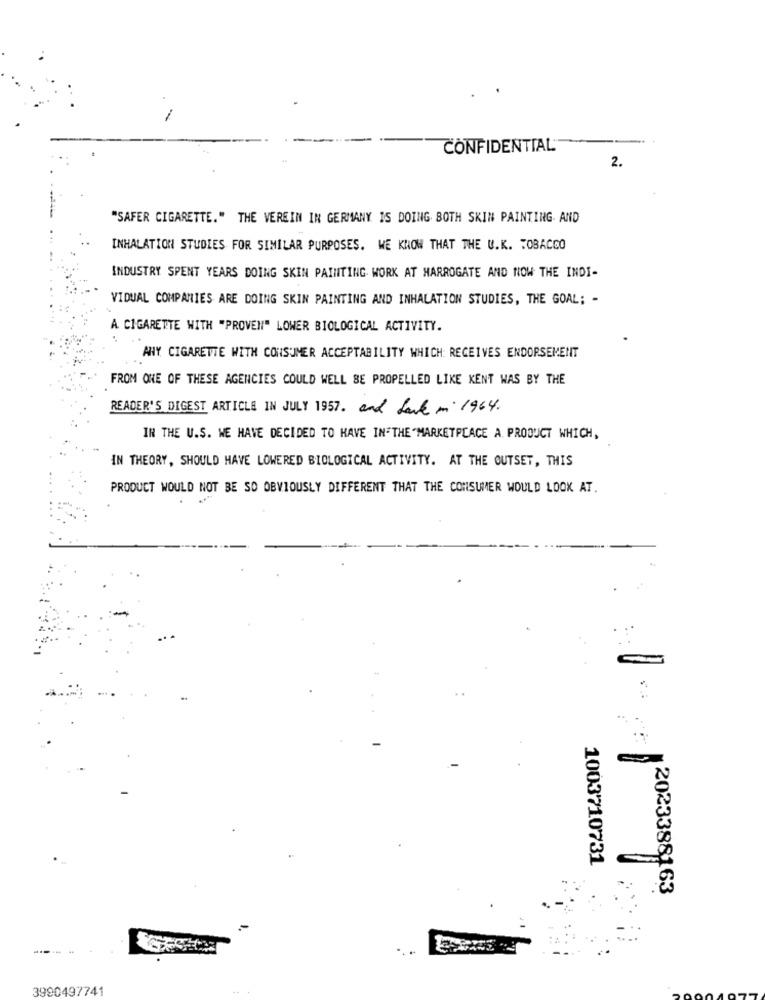
CONFIDENTIAL
2.
"SAFER CIGARETTE." THE VEREIN IN GERMANY IS DOING BOTH SKIN PAINTING AND
INHALATION STUDIES FOR SIMILAR PURPOSES. WE KNOW THAT THE U.K. TOBACCO
INDUSTRY SPENT YEARS DOING SKIN PAINTING WORK AT HARROGATE AND NOW THE INDI-
VIDUAL COMPANIES ARE DOING SKIN PAINTING AND INHALATION STUDIES, THE GOAL; -
A. CIGARETTE WITH "PROVEN" LOWER BIOLOGICAL ACTIVITY.
ANY CIGARETTE WITH CONSUMER ACCEPTABILITY WHICH: RECEIVES ENDORSEMENT
FROM ONE OF THESE AGENCIES COULD WELL BE PROPELLED LIKE KENT WAS BY THE
READER'S DIGEST ARTICLE IN JULY 1957. and Lare m 1964 .
IN THE U.S. WE HAVE DECIDED TO HAVE IN THE"MARKETPLACE A PRODUCT WHICH,
IN THEORY, SHOULD HAVE LOWERED BIOLOGICAL ACTIVITY. AT THE OUTSET, THIS
PRODUCT WOULD NOT BE SO OBVIOUSLY DIFFERENT THAT THE CONSUMER WOULD LOOK AT.
-
1003710731
2023388163
-
3990497741